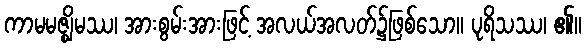
ကာမမဇ္ဈိမဿ၊ အားစွမ်းအားဖြင့် အလယ်အလတ်၌ဖြစ်သော။ ပုရိသဿ၊ ၏။